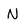
Character: N